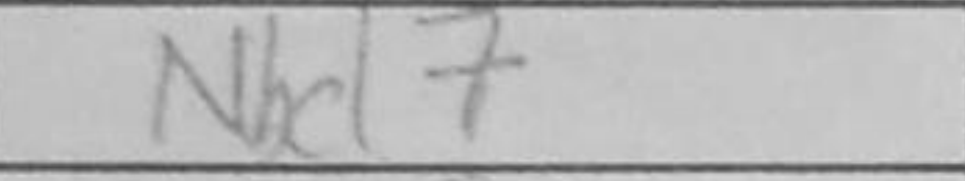
Transcription: Nbd7